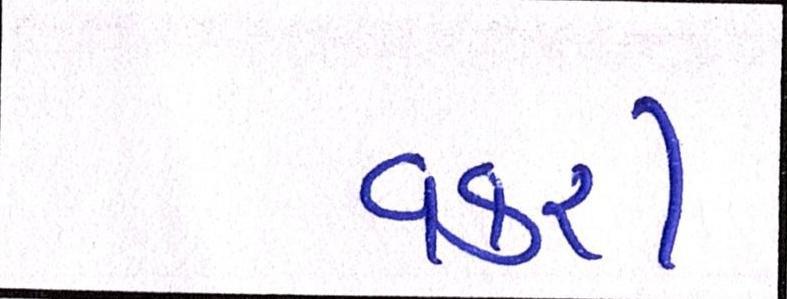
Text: વકરી